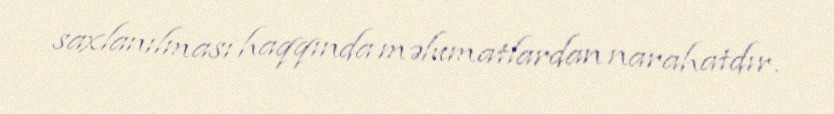
saxlanılması haqqında məlumatlardan narahatdır.